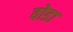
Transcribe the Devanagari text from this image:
वोडा